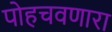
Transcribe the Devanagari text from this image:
पोहचवणारा